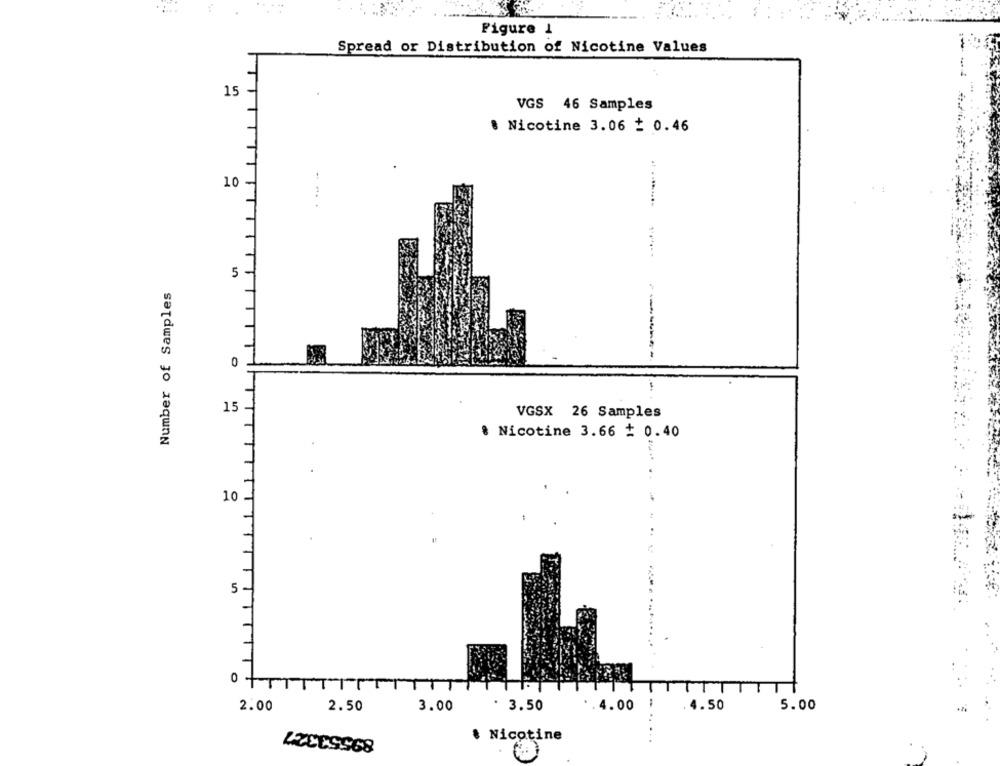
Figure 1
Spread or Distribution of Nicotine Values
15
VGS 46 Samples
8 Nicotine 3.06 + 0.46
10
.. ........
5
Number of Samples
------
0
15
VGSX 26 Samples
. Nicotine 3.66 # 0.40
10
5.
0
TT
4.50
5.00
2.00
2.50
3.00
. 3.50
.4.00
& Nicotine
LUCESS68